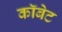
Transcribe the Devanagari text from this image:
कॉबेट